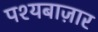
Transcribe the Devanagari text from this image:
पश्यबाज़ार